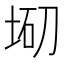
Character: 𡌇